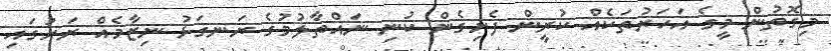
މިގޮތުން މީގެ އަހަރުތަކެއް ކުރީން ފެށިގެން ކުނި ނައްތާލުމުގެ ރަނގަޅު ނިޒާމެއް ރަށުގައި